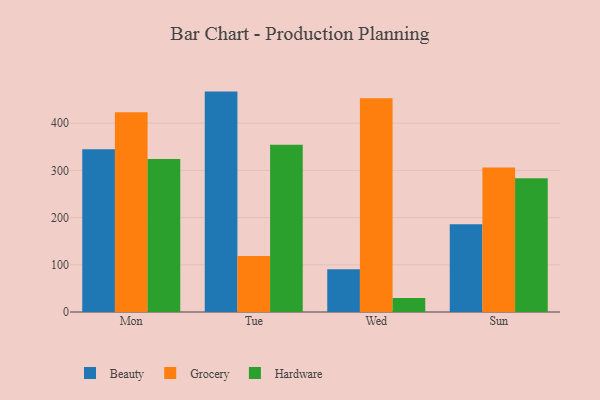
{"axis": {"x": "Day", "y": "Customer Acquisition Cost (USD)"}, "legend": ["Beauty", "Grocery", "Hardware"], "data": [{"x": "Mon", "y": 345.0, "type": "Beauty"}, {"x": "Mon", "y": 423.4, "type": "Grocery"}, {"x": "Mon", "y": 324.0, "type": "Hardware"}, {"x": "Tue", "y": 466.9, "type": "Beauty"}, {"x": "Tue", "y": 118.6, "type": "Grocery"}, {"x": "Tue", "y": 354.4, "type": "Hardware"}, {"x": "Wed", "y": 90.4, "type": "Beauty"}, {"x": "Wed", "y": 452.6, "type": "Grocery"}, {"x": "Wed", "y": 29.7, "type": "Hardware"}, {"x": "Sun", "y": 185.9, "type": "Beauty"}, {"x": "Sun", "y": 306.3, "type": "Grocery"}, {"x": "Sun", "y": 283.2, "type": "Hardware"}]}